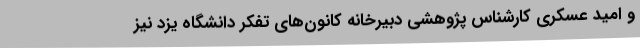
و امید عسکری کارشناس پژوهشی دبیرخانه کانون‌های تفکر دانشگاه یزد نیز